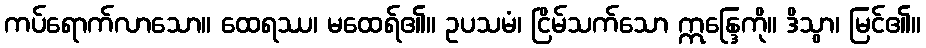
ကပ်ရောက်လာသော။ ထေရဿ၊ မထေရ်၏။ ဥပသမံ၊ ငြိမ်သက်သော ဣန္ဒြေကို။ ဒိသွာ၊ မြင်၏။